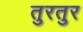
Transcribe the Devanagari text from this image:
तुरतुर